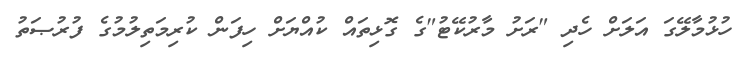
ހުޅުމާލޭގަ އަލަށް ހެދި "ރަށު މާރުކޭޓު"ގެ ގޮޅިތައް ކުއްޔަށް ހިފަން ކުރިމަތިލުމުގެ ފުރުޞަތު